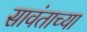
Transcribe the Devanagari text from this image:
सावंताच्या